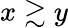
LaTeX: x\gtrsim y